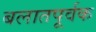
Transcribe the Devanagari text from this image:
बलातपूर्वक